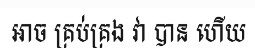
អាច គ្រប់គ្រង វា បាន ហើយ